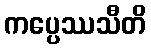
ကပ္ပေဿသီတိ